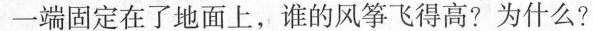
一端固定在了地面上，谁的风筝飞得高?为什么?